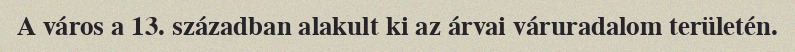
A város a 13. században alakult ki az árvai váruradalom területén.